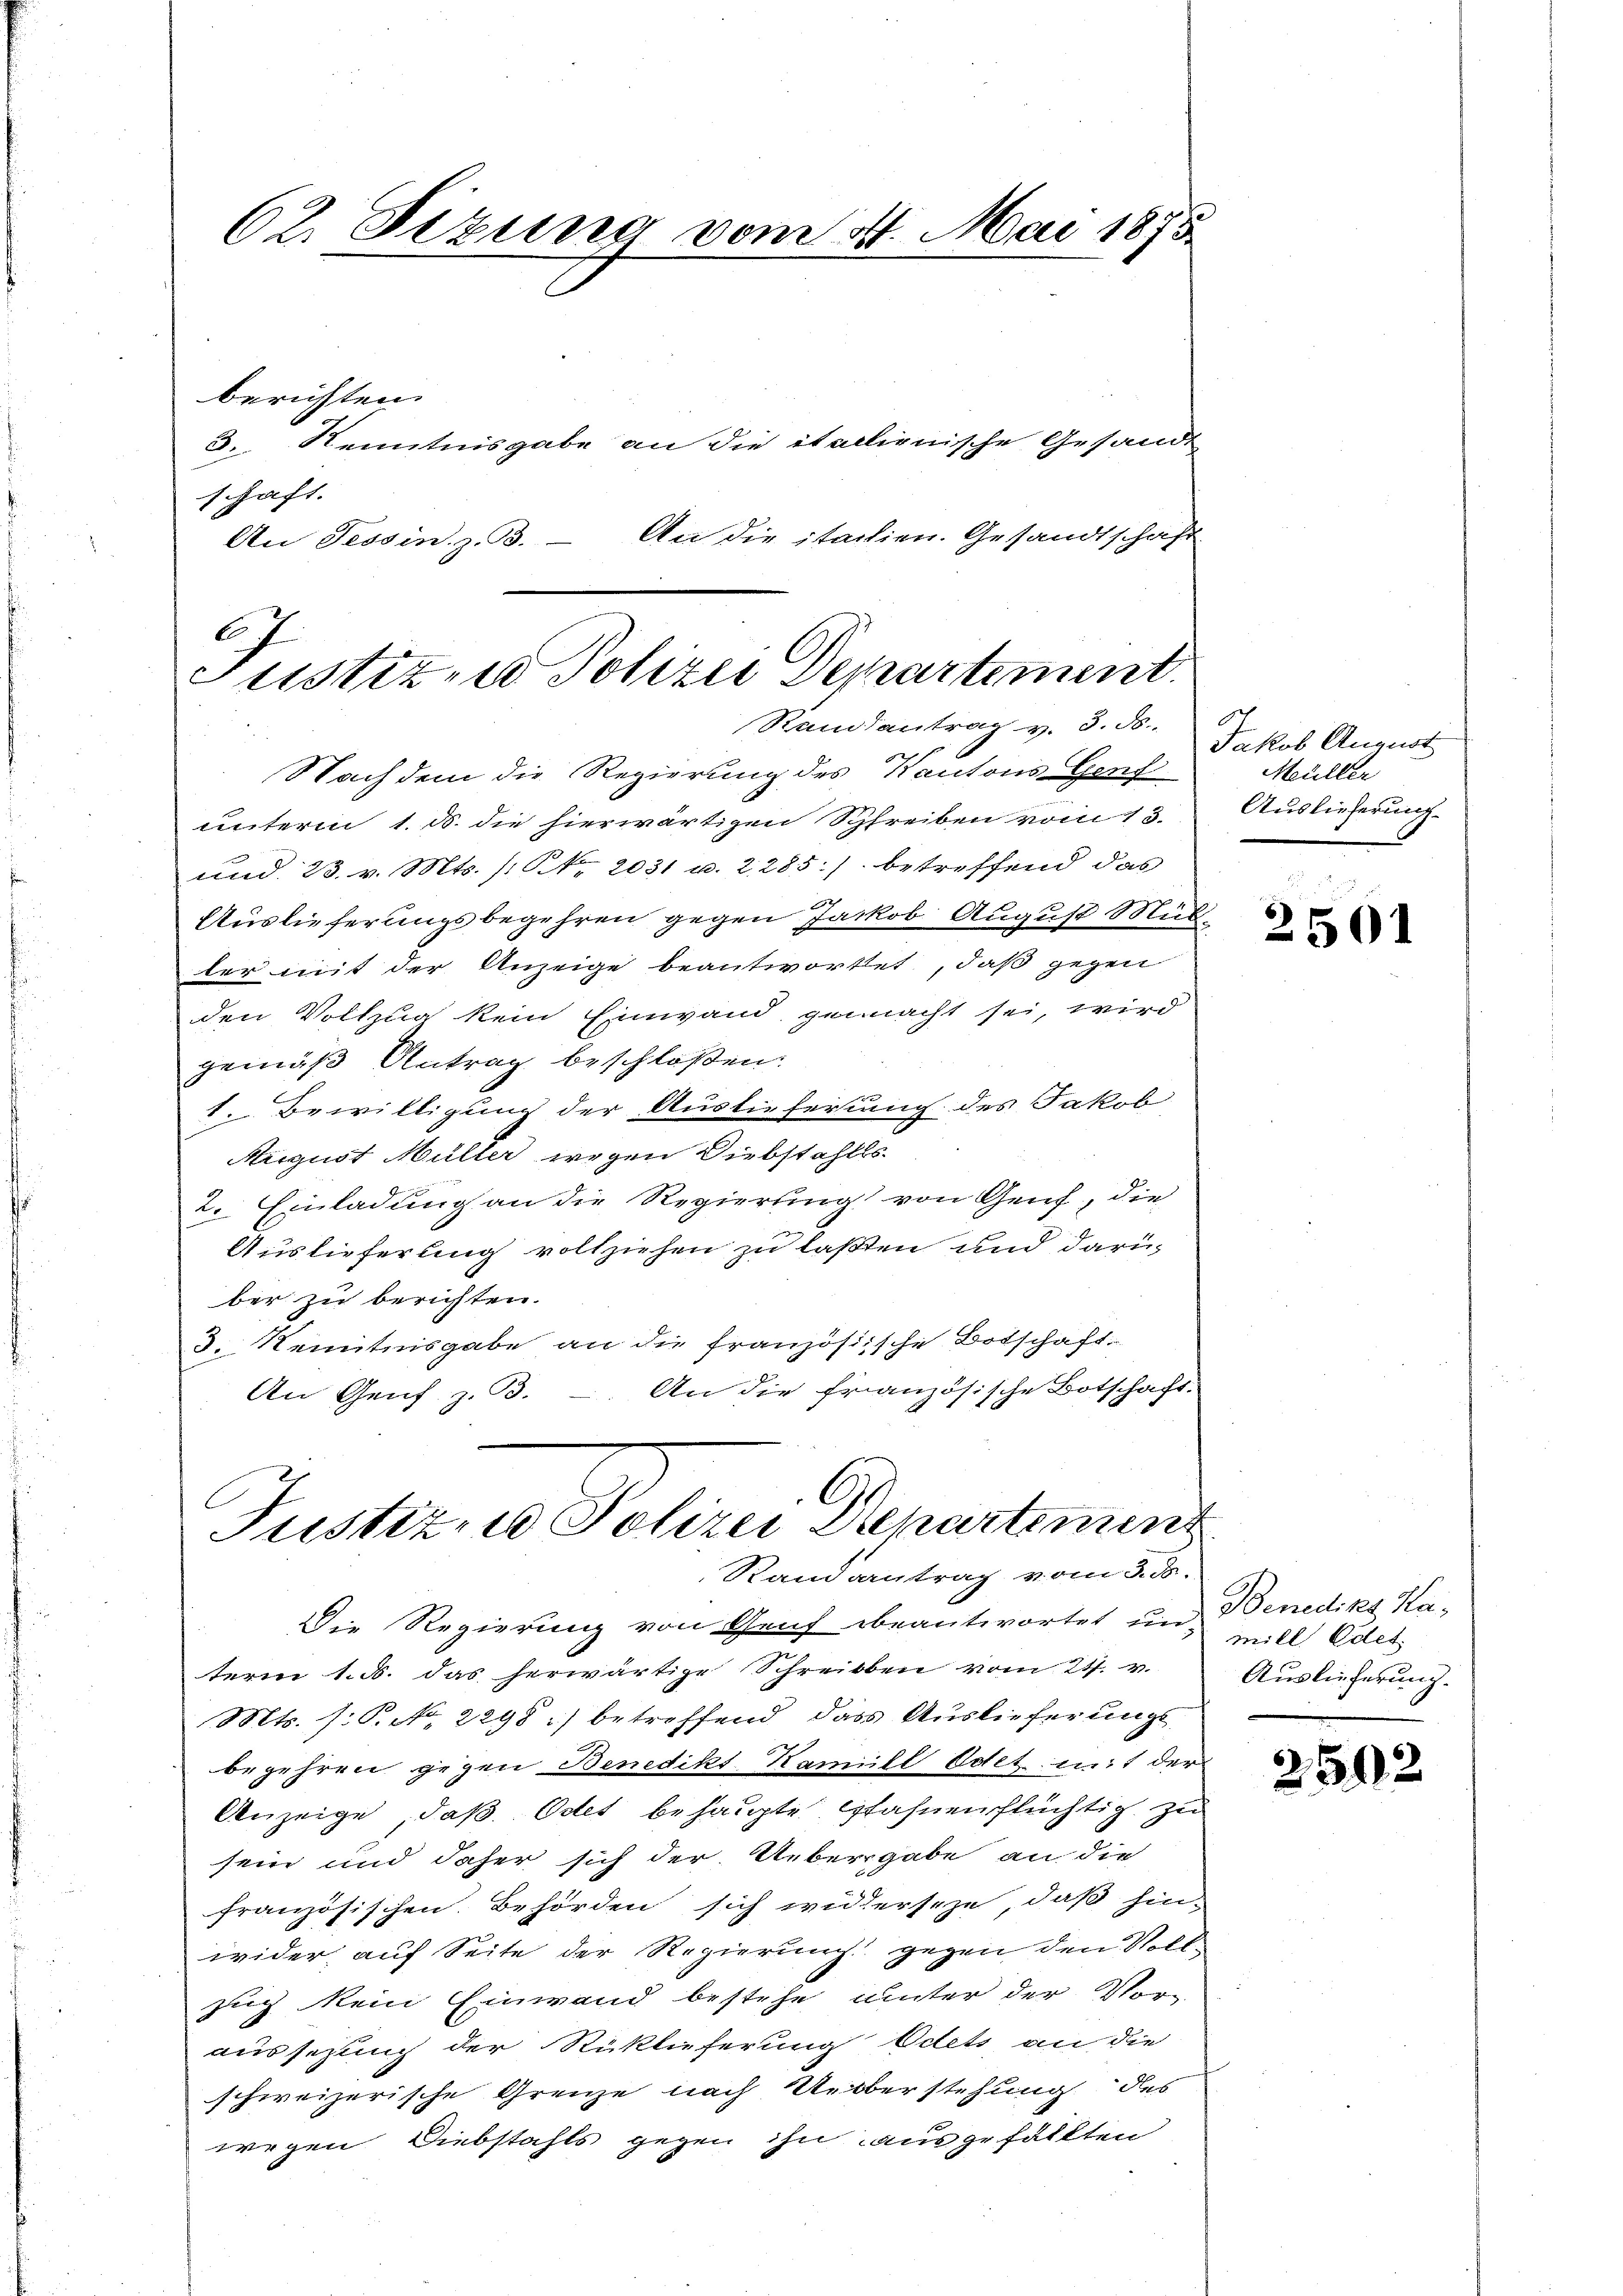
67

62. Sizung vom 4. Mai 1875
berichten.
3. Kenntnisgabe an die italienische Gesandt
schaft.
An die italien. Gesandtschaft
An Tessin. z. B.

Justiz- u Polizei Departement.
Raisantrag v. 3. ds.

Nachdem die Regierung des Kantons Genf
unterm 1. d. die hierwärtigen Schreiben vom 13.
und 23. v. Mts. / NNo. 2031 u. 2285:) betreffend das
Auslieferungsbegehren gegen Jackob August Müller mit der Anzeige beantwortet, daß gegen
den Vollzug kein Einwand gemacht sei, wird
gemäß Antrag beschloßen:
1. Bewilligung der Ausliefertung des Jakob
August Müller wegen Diebstahls
2. Einladung an die Regierung von Genf, die
Auslieferung vollziehen zu laßten und darü
ber zu berichten.
3. Kenntnisgabe an die französische Botschaft
An die französische Botschaft.
An Genf. z. 93.

G
Justiz & Polizei Repartement
Randantrag vom 3. ds.

Die Regierung von Genf beantwortet un
term 1. d. das herwärtige Schreiben vom 24. v.
Mts. (: P. Nr. 2298) betreffend dass Auslieferung
begehren gegen Benedikt Kamill Odet. in der
Anzeige, daß. Oder behaupte fahnen flüchtig zu
sein und daher sich der Uebergabe an die
französischen Behörden sich widerseze, daß hin-
wider, auf Seite der Regierung gegen den Vollzug kein Einwand bestehe unter der Vorz
aussezung der Rücklieferung Odets an die
schweizerische Grenze nach Ueberstehung des
wegen Diebstahls gegen ihn ausgefällten

Jakob August
Müller
Auslieferung

2501

Benedikt Kamill Edet.
Auslieferung.

2592